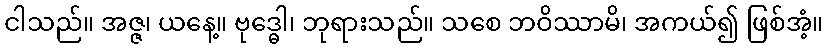
ငါသည်။ အဇ္ဇ၊ ယနေ့။ ဗုဒ္ဓေါ၊ ဘုရားသည်။ သစေ ဘဝိဿာမိ၊ အကယ်၍ ဖြစ်အံ့။